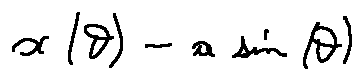
x ( \theta ) = a \sin ( \theta )